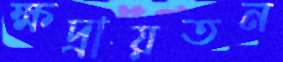
ক্ষদ্রায়তন